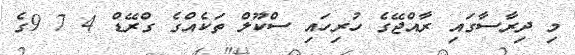
މި ދިރާސާގައި ރާއްޖޭގެ ހުރިހައި ސްކޫލް ތަކެއްގެ ގްރޭޑް 4 7 9ގެ